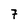
Character: 7